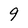
Character: 9